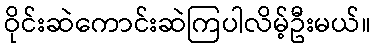
ဝိုင်းဆဲကောင်းဆဲကြပါလိမ့်ဦးမယ်။